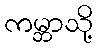
ကမ္ဘာသို့